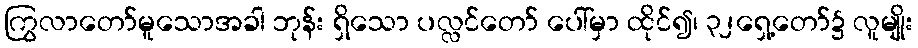
ကြွလာတော်မူသောအခါ ဘုန်း ရှိသော ပလ္လင်တော် ပေါ်မှာ ထိုင်၍၊ ၃၂ရှေ့တော်၌ လူမျိုး